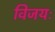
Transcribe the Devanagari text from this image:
विजयः